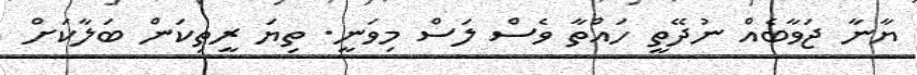
ޔާނާ ޖަވާބެއް ނުދޭތީ ހައްތާ ވެސް ލަސް މިވަނީ. ތިޔަ ރީތިކަން ބަލާކަށް